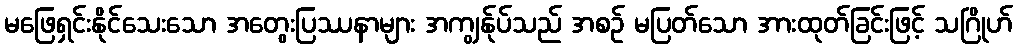
မဖြေရှင်းနိုင်သေးသော အတွေးပြဿနာများ အကျွန်ုပ်သည် အစဉ် မပြတ်သော အားထုတ်ခြင်းဖြင့် သဂြိုဟ်